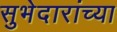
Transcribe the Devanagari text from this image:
सुभेदारांच्या